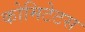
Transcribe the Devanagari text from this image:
कोमिटेटस